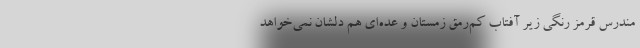
مندرس قرمز رنگی زیر آفتاب کم‌رمق زمستان و عده‌ای هم دلشان نمی‌خواهد